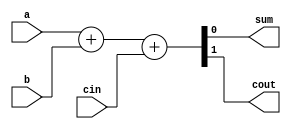
//This is for the 1-bit full adder module.

module full_adder_behavioral_module (a, b, cin, sum, cout);
	input a, b, cin;
	output sum, cout;
	reg sum, cout;
	
	always@(a or b or cin)
	begin
		{cout, sum} <= a + b + cin;
	end

endmodule